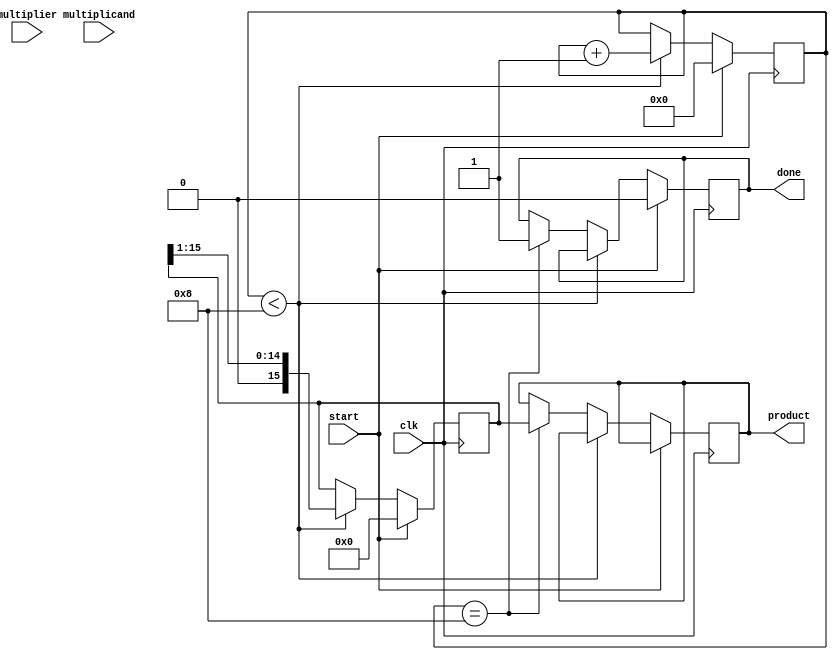
module modified_booth_multiplier #(
    parameter WIDTH = 8 // Width of the inputs
) (
    input signed [WIDTH-1:0] multiplicand,
    input signed [WIDTH-1:0] multiplier,
    input clk,
    input start,
    output reg signed [2*WIDTH-1:0] product,
    output reg done
);

reg [WIDTH-1:0] A; // Multiplicand register
reg [WIDTH:0] Q;   // Multiplier register + 1 for the additional bit
reg [WIDTH:0] M;   // Multiplicand register
reg Q_1;           // Previous bit of Q
reg [2*WIDTH-1:0] P; // Product accumulator
reg [3:0] count;   // Counter for the number of iterations

always @(posedge clk) begin
    if (start) begin
        A <= multiplicand;
        M <= multiplicand;
        Q <= {1'b0, multiplier}; // Append 0 to the least significant bit of multiplier
        P <= 0;
        Q_1 <= 0; // Initialize Q_1
        count <= 0;
        done <= 0; // Reset done signal
    end else if (count < WIDTH) begin
        case ({Q[0], Q_1}) // Booth encoding based on the last two bits of Q
            2'b00: begin
                // No operation
            end
            2'b01: begin
                // Add M to P
                P <= P + {A, {WIDTH{1'b0}}}; // Shift left by WIDTH
            end
            2'b10: begin
                // Subtract M from P
                P <= P - {A, {WIDTH{1'b0}}}; // Shift left by WIDTH
            end
            2'b11: begin
                // No operation
            end
        endcase

        // Arithmetic right shift of PQ (P and Q)
        {P, Q} <= {P[2*WIDTH-1], P[2*WIDTH-2:0], Q[WIDTH:1]}; // Shift in a way to keep signedness
        Q_1 <= Q[0]; // Update Q_1 for next iteration
        count <= count + 1; // Increment iteration count
    end else if (count == WIDTH) begin
        product <= P; // Store the final product
        done <= 1; // Indicate that the operation is complete
    end
end

endmodule